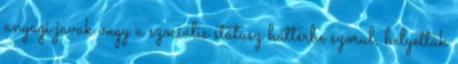
anyagi javak vagy a szociális státusz háttérbe szorul, helyettük